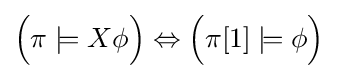
{\Big (}\pi \models X\phi {\Big )}\Leftrightarrow {\Big (}\pi [1]\models \phi {\Big )}